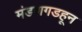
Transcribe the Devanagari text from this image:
मंडणगडहून